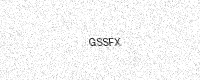
Text: GSSFX